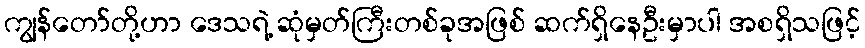
ကျွန်တော်တို့ဟာ ဒေသရဲ့ ဆုံမှတ်ကြီးတစ်ခုအဖြစ် ဆက်ရှိနေဦးမှာပါ အစရှိသဖြင့်